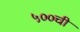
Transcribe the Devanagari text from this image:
५००ची